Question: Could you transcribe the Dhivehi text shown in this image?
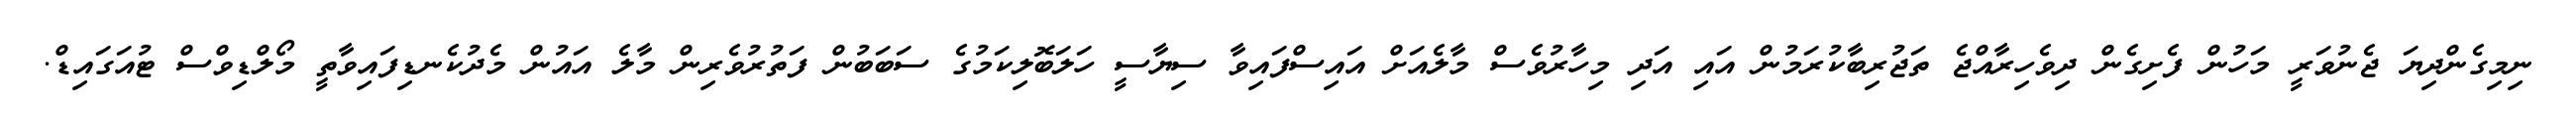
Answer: ނިމިގެންދިޔަ ޖެނުވަރީ މަހުން ފެށިގެން ދިވެހިރާއްޖެ ތަޖުރިބާކުރަމުން އައި އަދި މިހާރުވެސް މާލެއަށް އައިސްފައިވާ ސިޔާސީ ހަލަބޮލިކަމުގެ ސަބަބުން ފަތުރުވެރިން މާލެ އައުން މެދުކެނޑިފައިވާތީ މޯލްޑިވްސް ޓުއަގައިޑް.